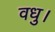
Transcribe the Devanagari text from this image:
वधु।